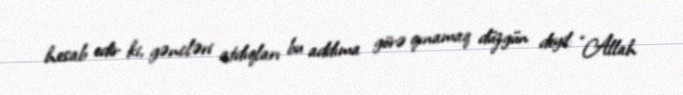
hesab edir ki, gəncləri atdıqları bu addıma görə qınamaq düzgün deyil: “Allah